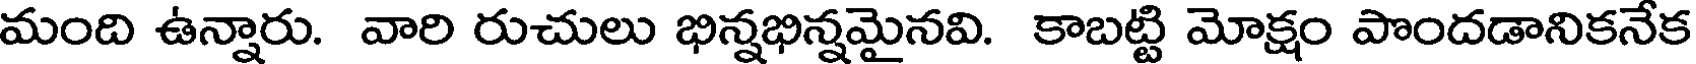
మంది ఉన్నారు. వారి రుచులు భిన్నభిన్నమైనవి. కాబట్టి మోక్షం పొందడానికనేక